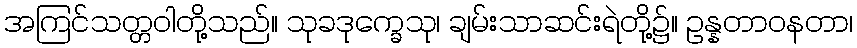
အကြင်သတ္တဝါတို့သည်။ သုခဒုက္ခေသု၊ ချမ်းသာဆင်းရဲတို့၌။ ဥန္နတာဝနတာ၊